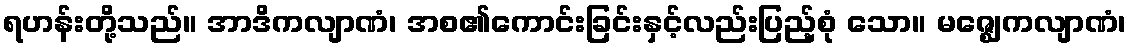
ရဟန်းတို့သည်။ အာဒိကလျာဏံ၊ အစ၏ကောင်းခြင်းနှင့်လည်းပြည့်စုံ သော။ မဇ္ဈေကလျာဏံ၊